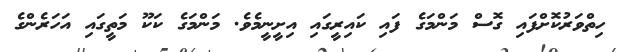
ހިތްވަރުކޮށްފައި ގޮސް މަންމަގެ ފައި ކައިރީގައި އިށީނީމެވެ. މަންމަގެ ކަކޫ މަތީގައި އަހަރެންގެ